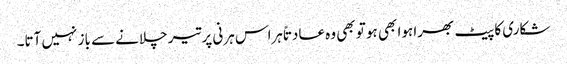
شکاری کا پیٹ بھرا ہوا بھی ہو تو بھی وہ عادتاً ہراس ہرنی پر تیر چلانے سے باز نہیں آتا۔